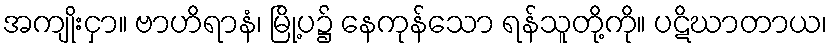
အကျိုးငှာ။ ဗာဟိရာနံ၊ မြို့ပ၌ နေကုန်သော ရန်သူတို့ကို။ ပဋိဃာတာယ၊